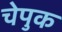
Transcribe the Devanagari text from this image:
चेपुक